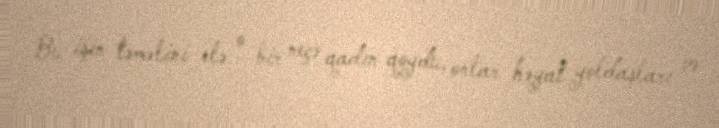
Bu işin təməlini elə o bir neçə qadın qoydu, onlar həyat yoldaşları və